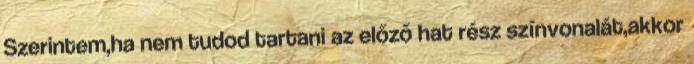
Szerintem,ha nem tudod tartani az előző hat rész színvonalát,akkor